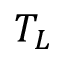
T _ { L }